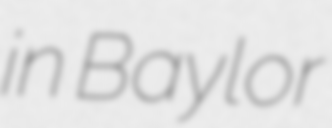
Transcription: in Baylor